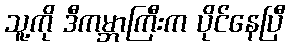
သူ့ကို ဒီကမ္ဘာကြီးက ပိုင်နေပြီ